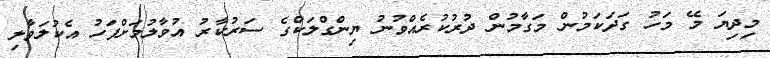
މިދިޔަ މޭ މަހު ގަދަކަމުން މަގާމުން ދުރުކުރެއްވުނު ޔިންގްލަކްގެ ސަރުކާރު އުވާލުމަށްފަހު އެކުލަވާލި